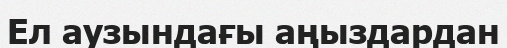
Ел аузындағы аңыздардан